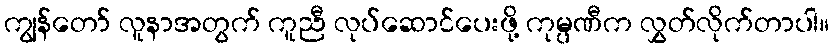
ကျွန်တော် လူနာအတွက် ကူညီ လုပ်ဆောင်ပေးဖို့ ကုမ္ပဏီက လွှတ်လိုက်တာပါ။